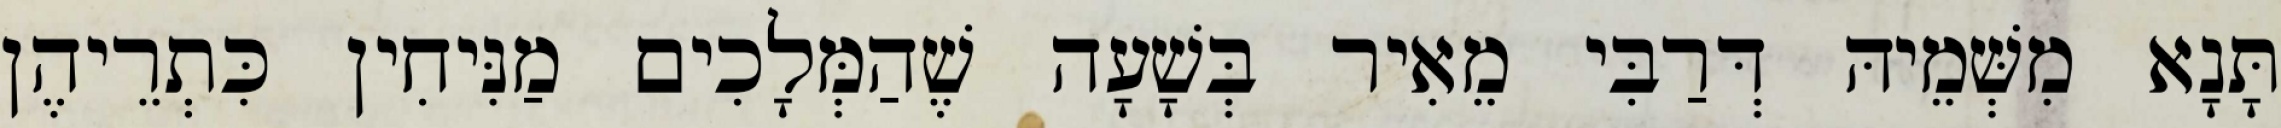
תָּנָא מִשְּׁמֵיהּ דְּרַבִּי מֵאִיר בְּשָׁעָה שֶׁהַמְּלָכִים מַנִּיחִין כִּתְרֵיהֶן